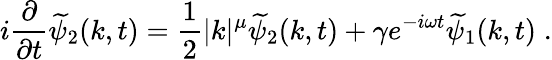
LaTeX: i\frac{\partial}{\partial t}\widetilde{\psi}_{2}(k,t)=\frac{1}{2}|k|^{\mu}\widetilde{\psi}_{2}(k,t)+\gamma e^{-i\omega t}\widetilde{\psi}_{1}(k,t)\; .